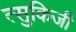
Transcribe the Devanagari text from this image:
त्सुकिजी